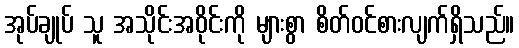
အုပ်ချုပ် သူ အသိုင်းအဝိုင်းကို များစွာ စိတ်ဝင်စားလျက်ရှိသည်။